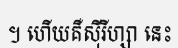
។ ហើយគឺស៊ីរីហ្សា នេះ